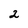
Character: 2